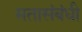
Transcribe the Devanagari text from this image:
मतासंबंधी